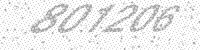
Solution: 801206